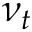
\nu _ { t }